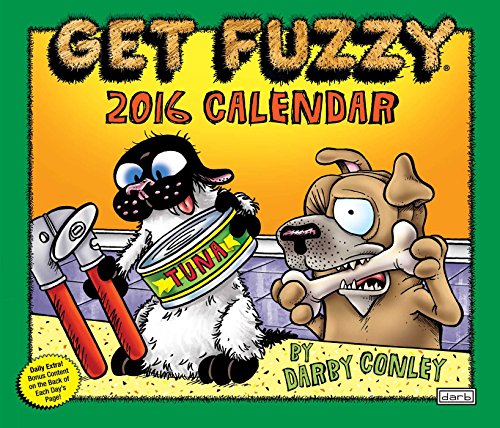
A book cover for Get Fuzzy 2016 Day-to-Day Calendar; Darby Conley; Calendars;